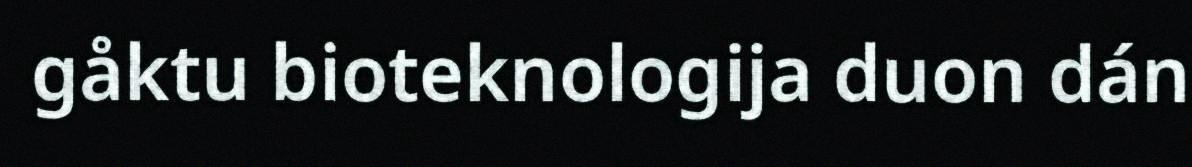
gåktu bioteknologija duon dán